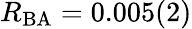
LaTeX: R_{\mathrm{BA}}=0.005(2)